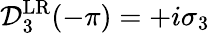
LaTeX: \mathcal{D}_{3}^{\mathrm{LR}}(-\pi)=+i\sigma_{3}